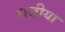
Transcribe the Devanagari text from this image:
राजीया